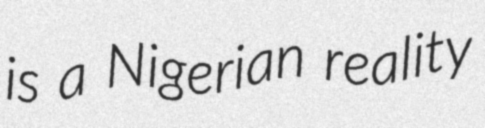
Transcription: is a Nigerian reality